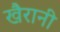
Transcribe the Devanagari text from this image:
खैरानी